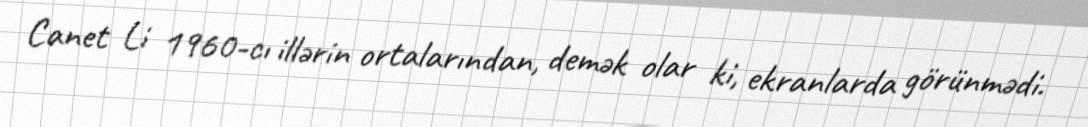
Canet Li 1960-cı illərin ortalarından, demək olar ki, ekranlarda görünmədi.